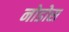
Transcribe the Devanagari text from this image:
नोडोस